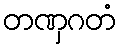
တဏှဂတံ